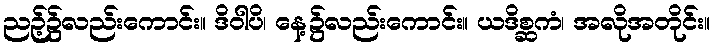
ညဉ့်၌လည်းကောင်း။ ဒိဝါပိ၊ နေ့၌လည်းကောင်း။ ယဒိစ္ဆကံ၊ အလိုအတိုင်း။